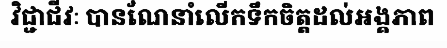
វិជ្ជាជីវៈ បានណែនាំលើកទឹកចិត្តដល់អង្គភាព